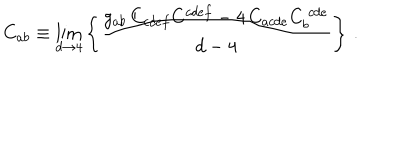
C _ { a b } \equiv \lim _ { d \rightarrow 4 } \left\{ { \frac { g _ { a b } \, C _ { c d e f } C ^ { c d e f } - 4 \, C _ { a c d e } C _ { b } ^ { \ c d e } } { d - 4 } } \right\} \, .